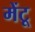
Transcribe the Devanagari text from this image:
मेंटू